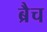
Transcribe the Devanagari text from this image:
ब्रैच